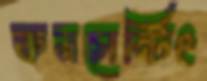
কনসেন্টিং